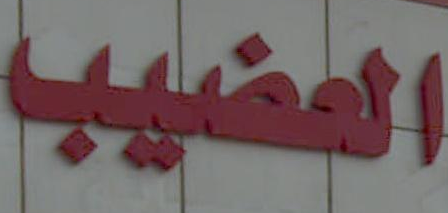
العضيب